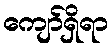
ကျော်ရှိရာ